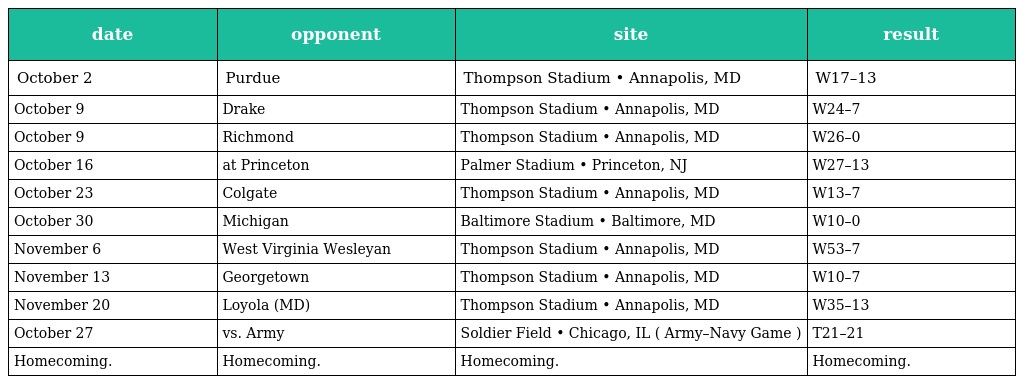
| date | opponent | site | result |
 | --- | --- | --- | --- |
 | October 2 | Purdue | Thompson Stadium • Annapolis, MD | W17–13 |
 | October 9 | Drake | Thompson Stadium • Annapolis, MD | W24–7 |
 | October 9 | Richmond | Thompson Stadium • Annapolis, MD | W26–0 |
 | October 16 | at Princeton | Palmer Stadium • Princeton, NJ | W27–13 |
 | October 23 | Colgate | Thompson Stadium • Annapolis, MD | W13–7 |
 | October 30 | Michigan | Baltimore Stadium • Baltimore, MD | W10–0 |
 | November 6 | West Virginia Wesleyan | Thompson Stadium • Annapolis, MD | W53–7 |
 | November 13 | Georgetown | Thompson Stadium • Annapolis, MD | W10–7 |
 | November 20 | Loyola (MD) | Thompson Stadium • Annapolis, MD | W35–13 |
 | October 27 | vs. Army | Soldier Field • Chicago, IL ( Army–Navy Game ) | T21–21 |
 | Homecoming. | Homecoming. | Homecoming. | Homecoming. |